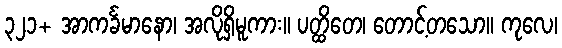
၃၂၁+ အာကင်္ခမာနော၊ အလိုရှိမူကား။ ပတ္ထိတေ၊ တောင့်တသော။ ကုလေ၊